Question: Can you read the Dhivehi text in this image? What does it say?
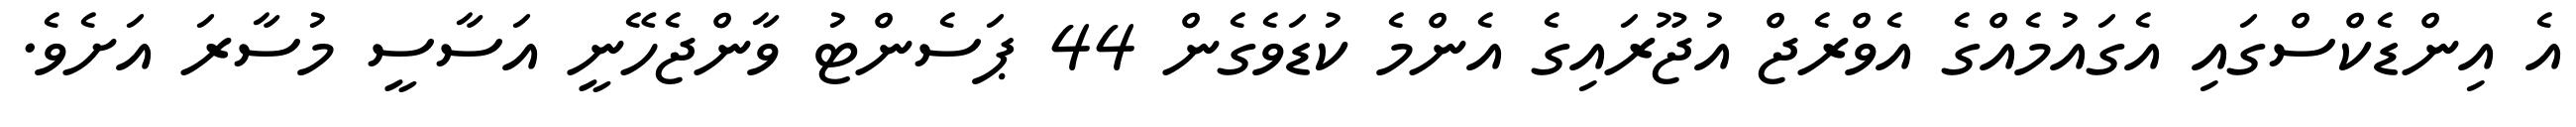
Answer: އެ އިންޑެކްސްގައި އެގައުމެއްގެ އެވްރެޖް އުޖޫރައިގެ އެންމެ ކުޑަވެގެން 44 ޕަސެންޓު ވާންޖެހޭނީ އަސާސީ މުސާރަ އަށެވެ.